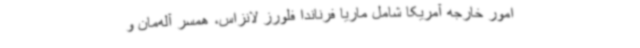
امور خارجه آمریکا شامل ماریا فرناندا فلورز لانزاس، همسر آله‌مان و